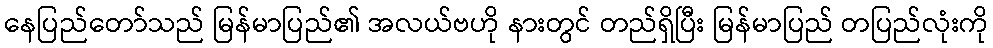
နေပြည်တော်သည် မြန်မာပြည်၏ အလယ်ဗဟို နားတွင် တည်ရှိပြီး မြန်မာပြည် တပြည်လုံးကို